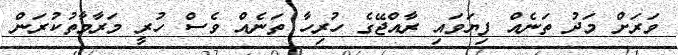
ވަރަށް މަދު ތަނެއް ފިޔަވައި ރާއްޖޭގެ ހުރިހާ ތަނެއް ވެސް ހުރީ މަރާމާތުކުރަން